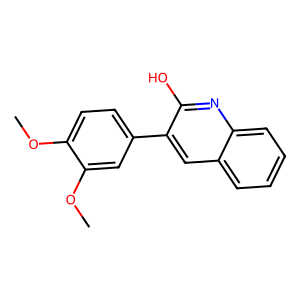
SMILES: COc1ccc(-c2cc3ccccc3nc2O)cc1OC
Inhibits HIV replication: No